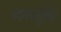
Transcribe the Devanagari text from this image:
गणमुक्ति